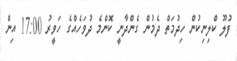
ފުލޫ ކްލިނިކުން ހިދުމަތް ދެމުން ގެންދާނީ ކޮންމެ ދުވަހެއްގެ ހަވީރު 17:00 އިން